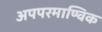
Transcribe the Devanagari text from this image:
अपपरमाण्विक